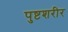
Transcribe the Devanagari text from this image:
पुष्टशरीर